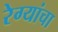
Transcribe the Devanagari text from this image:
रेग्यांचा